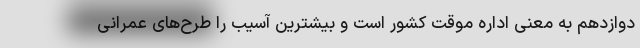
دوازدهم به معنی اداره موقت کشور است و بیشترین آسیب را طرح‌های عمرانی